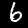
Label: 6